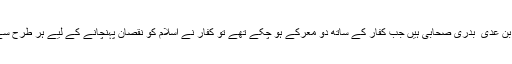
حضرت خبیب بن عدی ؓ بدری صحابی ہیں جب کفار کے ساتھ دو معرکے ہو چکے تھے تو کفار نے اسلام کو نقصان پہنچانے کے لیے ہر طرح سے سازشیں کیں۔